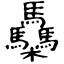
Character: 䯂